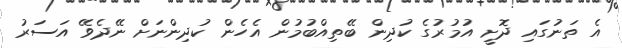
އެ ތަނުގައި ދޮށީ އުމުރުގެ ކުދިން ބޭތިއްބުމުން އެހެން ކުދިންނަށް ނޭދެވޭ އަސަރު